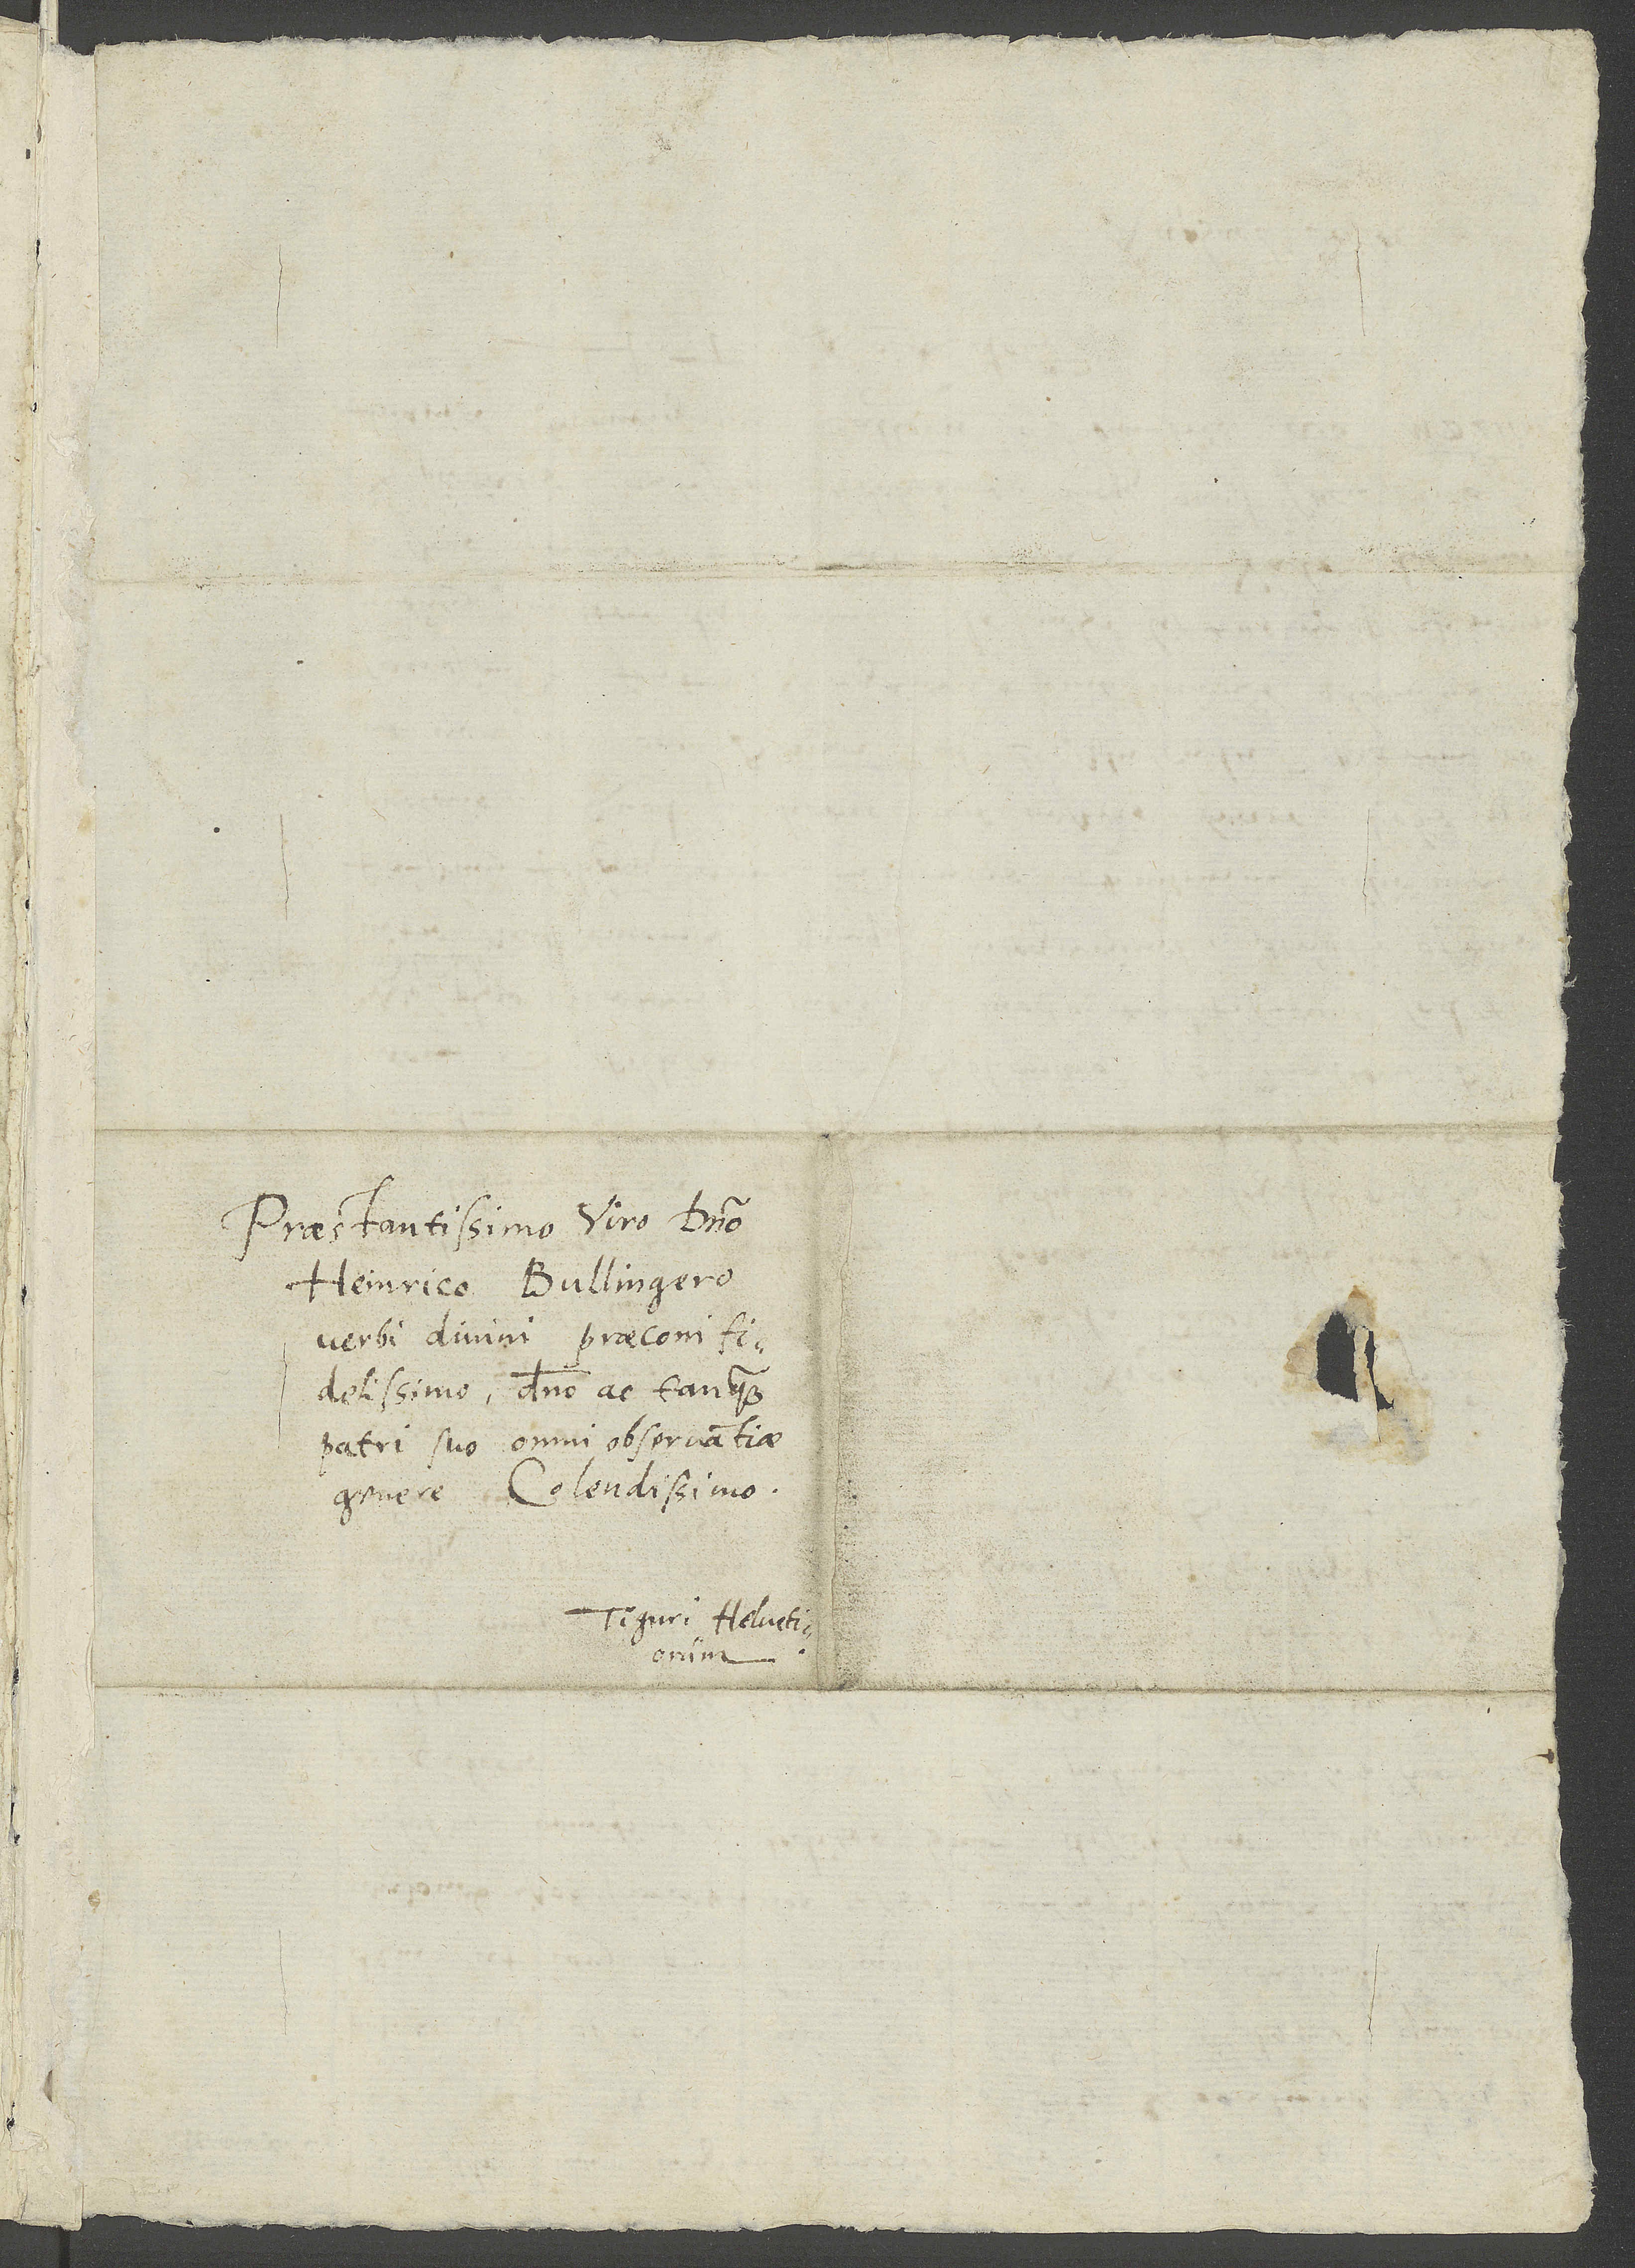
Praestantissimo viro domino
Heinrico Bullingero,
verbi divini praeconi
fidelissimo, domino ac tanquam
patri suo omni observantiae
Tiguri Helvetiorum.